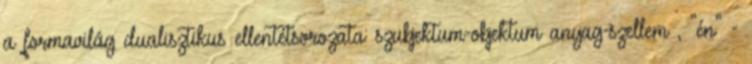
a formavilág dualisztikus ellentétsorozata: szubjektum-objektum anyag-szellem , "én" -